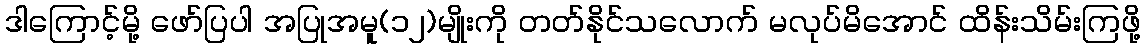
ဒါကြောင့်မို့ ဖော်ပြပါ အပြုအမူ(၁၂)မျိုးကို တတ်နိုင်သလောက် မလုပ်မိအောင် ထိန်းသိမ်းကြဖို့